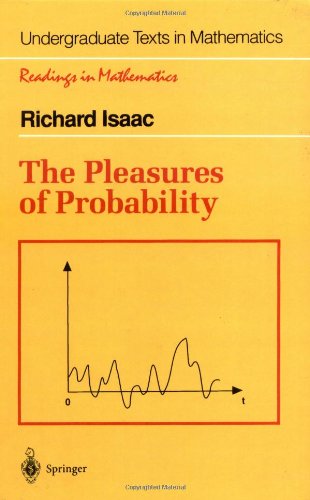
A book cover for The Pleasures of Probability (Undergraduate Texts in Mathematics); Richard Isaac; Science & Math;